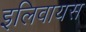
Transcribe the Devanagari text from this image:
इलिवायस